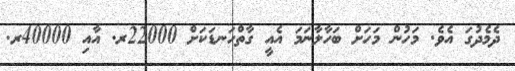
ދެމެދުގަ އެވެ. މަހުން މަހަށް ބަހާލާނަމަ އެއީ ގާތްހަނޑަކަށް 22000ރ. އާއި 40000ރ.